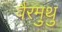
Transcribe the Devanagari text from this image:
वैरमुथु